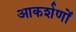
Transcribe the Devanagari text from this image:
आकर्शणों